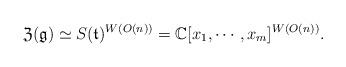
LaTeX: \begin{align*} {\mathfrak Z}({\mathfrak g}) \simeq S({\mathfrak t})^{W(O(n))} = {\mathbb C}[x_1,\cdots,x_m]^{W(O(n))}.\end{align*}